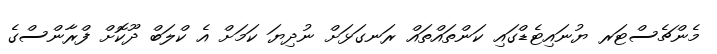
މެންޗެސްޓަރ ޔުނައިޓެޑްގައި ކަންތައްތައް ރަނގަޅަށް ނުދިޔަ ކަމަށް އެ ކްލަބް ދޫކޮށް ފްރާންސްގެ